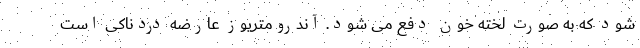
شود که به صورت لخته خون دفع می شود. آندرومتریوز عارضه دردناکی است